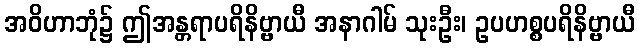
အဝိဟာဘုံ၌ ဤအန္တရာပရိနိဗ္ဗာယီ အနာဂါမ် သုးဦး၊ ဥပဟစ္စပရိနိဗ္ဗာယီ